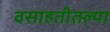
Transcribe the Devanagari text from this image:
वसाहतीतल्या